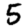
Digit: 5